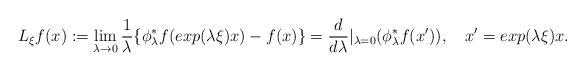
LaTeX: \begin{align*}{L}_{\xi}f(x):=\lim_{\lambda \rightarrow0}\frac{1}{\lambda}\{\phi_\lambda^* f(exp(\lambda\xi)x)-f(x)\}=\frac{d}{d\lambda}|_{\lambda=0}(\phi_\lambda^*f(x')),\quad x'=exp(\lambda \xi)x.\end{align*}